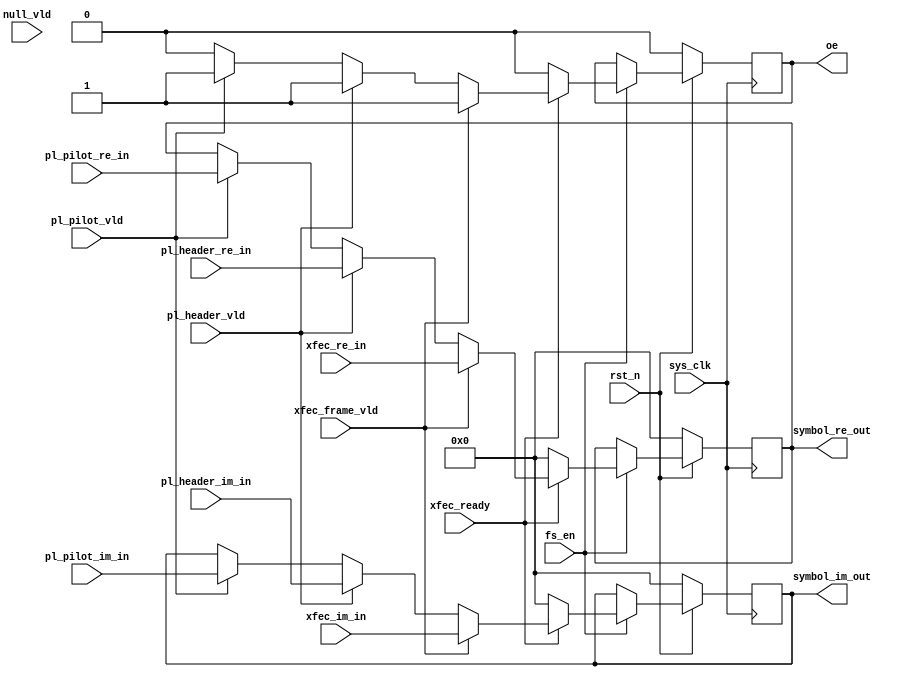

`timescale 1ns / 1ps
module plframer(
input	          							sys_clk,
input											fs_en,
input	          							rst_n,
//////////////////////////////////////////////////////////////
input	          							xfec_frame_vld,
input	          							pl_header_vld,
input	          							pl_pilot_vld,
input	          							xfec_ready,
input	          							null_vld,
input	    signed      [15:0]					xfec_re_in,
input	    signed      [15:0]					xfec_im_in,
input	    signed      [15:0]					pl_header_re_in,
input	    signed      [15:0]					pl_header_im_in,
input	    signed      [15:0]					pl_pilot_re_in,
input	    signed      [15:0]					pl_pilot_im_in,

output 	reg								oe,
output 	reg	signed [15:0]					symbol_re_out,
output 	reg	signed [15:0]					symbol_im_out
);

always @(posedge sys_clk)begin
	if(~rst_n)begin
		symbol_re_out <= 16'sh0000;
		symbol_im_out <= 16'sh0000;
		oe            <= 1'b0;
	end
	else if(fs_en)begin
		if(xfec_ready == 1'b1)begin
			if(xfec_frame_vld == 1'b1)begin
				symbol_re_out <= xfec_re_in;
				symbol_im_out <= xfec_im_in;
				oe            <= 1'b1;
			end
			else if(pl_header_vld == 1'b1)begin
				symbol_re_out <= pl_header_re_in;
				symbol_im_out <= pl_header_im_in;
				oe            <= 1'b1;
			end
			else if(pl_pilot_vld == 1'b1)begin
				symbol_re_out <= pl_pilot_re_in;
				symbol_im_out <= pl_pilot_im_in;
				oe            <= 1'b1;
			end
			else begin
				oe            <= 1'b0;
			end
		end
		else begin
			symbol_re_out <= 16'sh0000;//pl_header_re_in; //modified by wanjin 2014.08.17
			symbol_im_out <= 16'sh0000;//pl_header_im_in; //modified by wanjin 2014.08.17
			oe            <= 1'b0;//1'b1; //modified by wanjin 2014.08.17
			
//			if(pl_header_vld == 1'b1)begin
//				symbol_re_out <= pl_header_re_in; //modified by wanjin 2014.08.17
//				symbol_im_out <= pl_header_im_in; //modified by wanjin 2014.08.17
//				oe            <= 1'b1; //modified by wanjin 2014.08.17
//			end
//			else if(null_vld == 1'b1)begin
//				symbol_re_out <= 16'sh0b50;
//				symbol_im_out <= 16'sh0b50;
//				oe            <= 1'b1;
//			end
//			else begin
//				oe            <= 1'b0;
//			end
		end
	end
	else begin
	end
end


endmodule